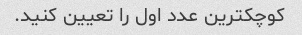
کوچکترین عدد اول را تعیین کنید.